Scottish Leaving Certificate Examination, 1959
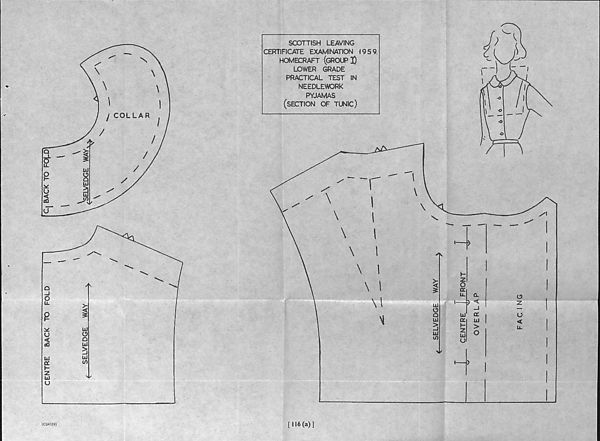
CENTRE
BACK TO FOLD
|
|C| BACK TO FOp
SCOTTISH LEAVING
CERTIFICATE EXAMINATION 1959.
HOMECRAFT (GROUP J)
LOWER GRADE
PRACTICAL TEST IN
NEEDLEWORK
PYJAMAS
(SECTION OF tunic)
r-rfc
>
0
UJ
o
o
UJ
Ui
cn
(C64339)
[116(a)]